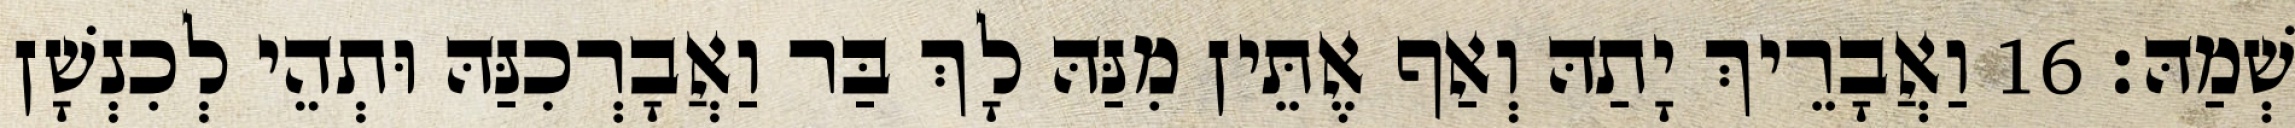
שְׁמַהּ׃ 16 וַאֲבָרֵיךְ יָתַהּ וְאַף אֶתֵּין מִנַּהּ לָךְ בַּר וַאֲבָרְכִנַּהּ וּתְהֵי לְכִנְשָׁן